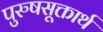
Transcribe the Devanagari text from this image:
पुरुषसूक्तार्थ